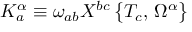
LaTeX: K _ { a } ^ { \alpha } \equiv \omega _ { a b } X ^ { b c } \, \bigr \{ T _ { c } , \, \Omega ^ { \alpha } \bigr \}